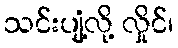
သင်းပျံ့လို့ လှိုင်၊